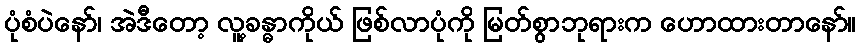
ပုံစံပဲနော်၊ အဲဒီတော့ လူ့ခန္ဓာကိုယ် ဖြစ်လာပုံကို မြတ်စွာဘုရားက ဟောထားတာနော်။